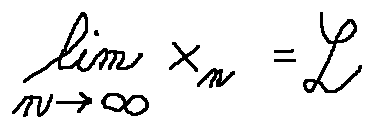
\lim \limits _ { n \rightarrow \infty } x _ { n } = L